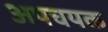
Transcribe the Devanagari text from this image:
अपचयक